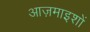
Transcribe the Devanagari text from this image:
आज़माइशों